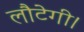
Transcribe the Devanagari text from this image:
लौटेगी।